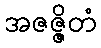
အဇဇ္ဇိတံ